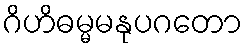
ဂိဟိဓမ္မမနုပဂတော